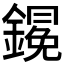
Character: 𨬋